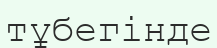
тұбегінде